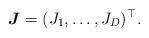
LaTeX: \begin{align*} \boldsymbol J=(J_1,\dots,J_D)^\top. \end{align*}